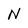
Character: N